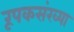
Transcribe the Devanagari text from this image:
रूपकसंख्या